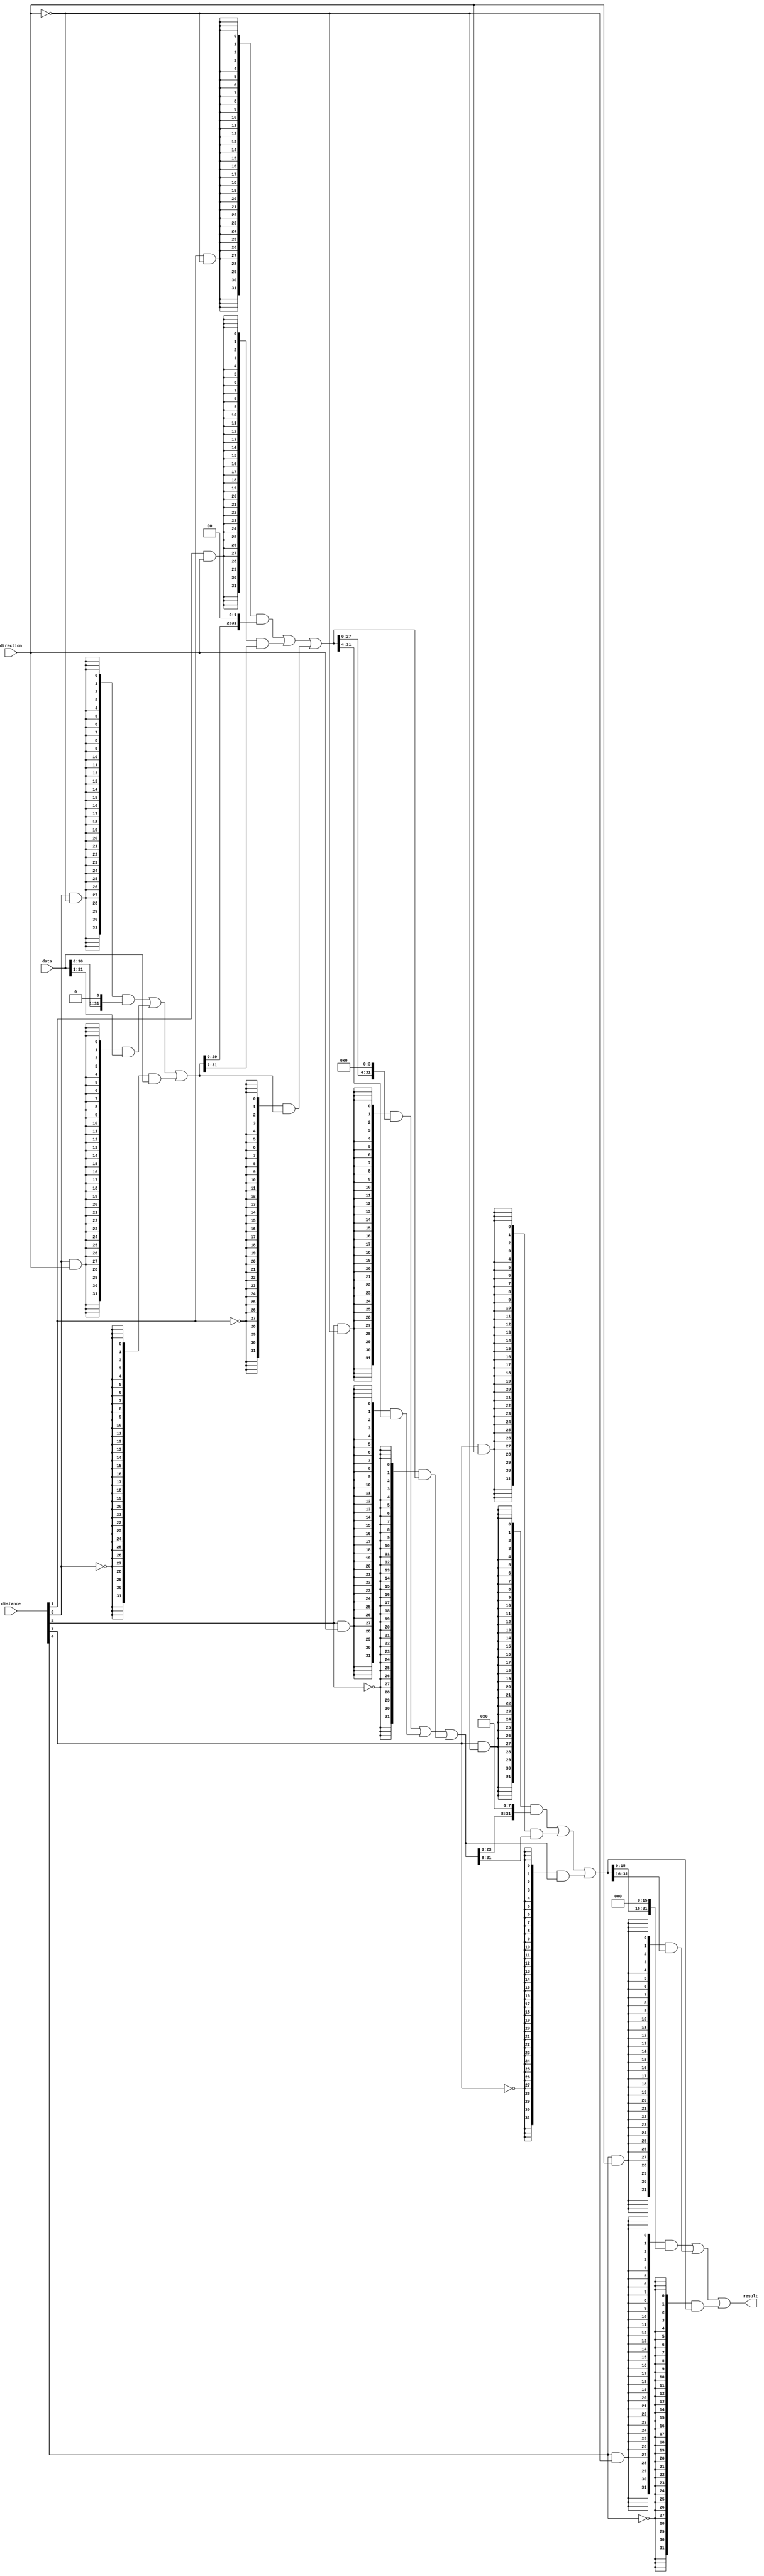
module  ALU_SHIFT_LEFT_lpm_clshift
	( 
	data,
	direction,
	distance,
	result) /* synthesis synthesis_clearbox=1 */;
	input   [31:0]  data;
	input   direction;
	input   [4:0]  distance;
	output   [31:0]  result;
`ifndef ALTERA_RESERVED_QIS
// synopsys translate_off
`endif
	tri0   direction;
`ifndef ALTERA_RESERVED_QIS
// synopsys translate_on
`endif

	wire  [0:0]  direction_w;
	wire  [15:0]  pad_w;
	wire  [191:0]  sbit_w;

	assign
		direction_w = {direction},
		pad_w = {16{1'b0}},
		result = sbit_w[191:160],
		sbit_w = {((({32{(distance[4] & (~ direction_w))}} & {sbit_w[143:128], pad_w[15:0]}) | ({32{(distance[4] & direction_w)}} & {pad_w[15:0], sbit_w[159:144]})) | ({32{(~ distance[4])}} & sbit_w[159:128])), ((({32{(distance[3] & (~ direction_w))}} & {sbit_w[119:96], pad_w[7:0]}) | ({32{(distance[3] & direction_w)}} & {pad_w[7:0], sbit_w[127:104]})) | ({32{(~ distance[3])}} & sbit_w[127:96])), ((({32{(distance[2] & (~ direction_w))}} & {sbit_w[91:64], pad_w[3:0]}) | ({32{(distance[2] & direction_w)}} & {pad_w[3:0], sbit_w[95:68]})) | ({32{(~ distance[2])}} & sbit_w[95:64])), ((({32{(distance[1] & (~ direction_w))}} & {sbit_w[61:32], pad_w[1:0]}) | ({32{(distance[1] & direction_w)}} & {pad_w[1:0], sbit_w[63:34]})) | ({32{(~ distance[1])}} & sbit_w[63:32])), ((({32{(distance[0] & (~ direction_w))}} & {sbit_w[30:0], pad_w[0]}) | ({32{(distance[0] & direction_w)}} & {pad_w[0], sbit_w[31:1]})) | ({32{(~ distance[0])}} & sbit_w[31:0])), data};
endmodule